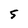
Character: 5